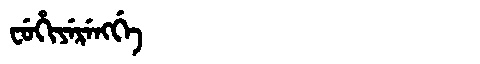
Manchu: ᠸᡠᡥᡳᠶᡝᡵᡝᠩᡤᡝ
Romanization: FUHIYERENGGE